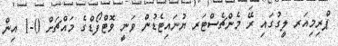
ޕްރިމިއަރ ލީގުގައި ރޭ މެންޗެސްޓަރ ޔުނައިޓެޑުން ވަނީ ވޮޓްފޯޑްގެ މައްޗަށް 0-1 އިން